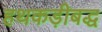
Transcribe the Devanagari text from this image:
हथकड़ीबद्ध